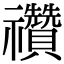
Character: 禶